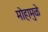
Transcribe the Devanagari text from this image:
मोहामुळे